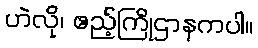
ဟဲလို၊ ဧည့်ကြိုဌာနကပါ။